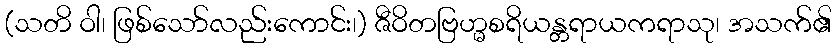
(သတိ ဝါ၊ ဖြစ်သော်လည်းကောင်း၊) ဇီဝိတဗြဟ္မစရိယန္တရာယကရာသု၊ အသက်၏